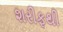
શરીફથી